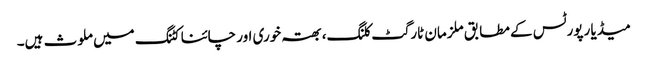
میڈیا رپورٹس کے مطابق ملزمان ٹارگٹ کلنگ، بھتہ خوری اور چائنا کٹنگ میں ملوث ہیں۔